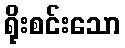
ရိုးစင်းသော